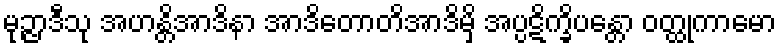
မုဉ္ဇာဒီသု အဟန္တိအာဒိနာ အာဒိတောတိအာဒိမှိ အပ္ပဋိက္ခိပန္တော ဝတ္ထုကာမော